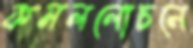
কমললোচনে